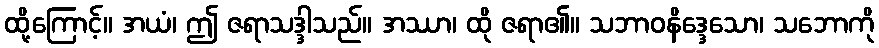
ထို့ကြောင့်။ အယံ၊ ဤ ဇရာသဒ္ဒါသည်။ အဿာ၊ ထို ဇရာ၏။ သဘာဝနိဒ္ဒေသော၊ သဘောကို